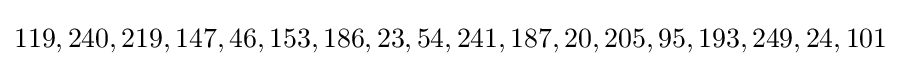
119,240,219,147,46,153,186,23,54,241,187,20,205,95,193,249,24,101